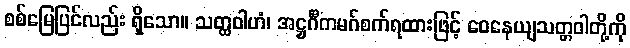
စစ်မြေပြင်လည်း ရှိသော။ သတ္ထဝါဟံ၊ အဋ္ဌင်္ဂီကမဂ်စက်ရထားဖြင့် ဝေနေယျသတ္တဝါတို့ကို